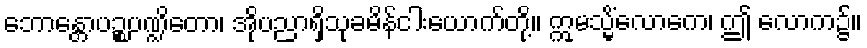
ဘောန္တောပဉ္စပဏ္ဍိတော၊ အိုပညာရှိသုခမိန်ငါးယောက်တို့။ ဣမသ္မိံလောကေ၊ ဤ လောက၌။